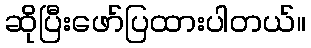
ဆိုပြီးဖော်ပြထားပါတယ်။